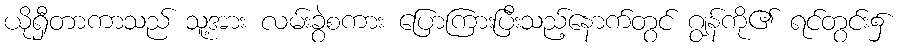
ယိုရှီတာကာသည် သူ့အား လမ်းခွဲစကား ပြောကြားပြီးသည့်နောက်တွင် ဂျွန်ကို၏ ရင်တွင်း၌